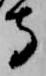
守